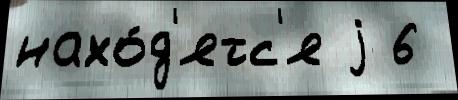
нахо́д'ятс'я j 6